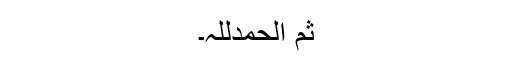
ثم الحمدللہ۔